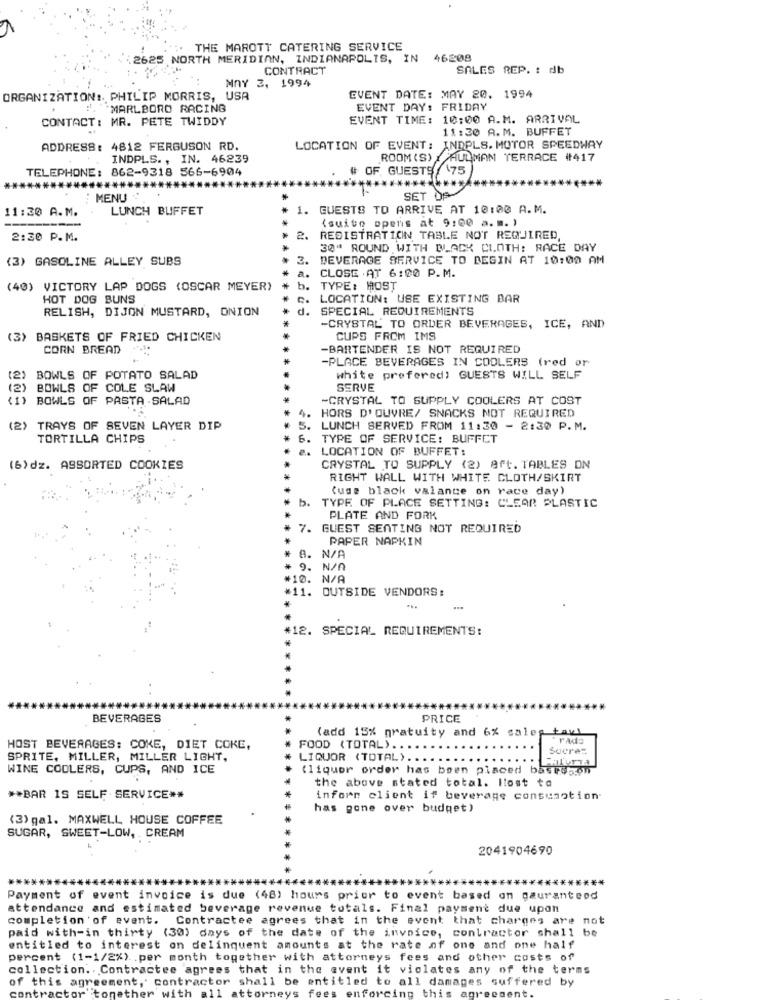
THE MAROTT CATERING SERVICE
2625 NORTH MERIDIAN, INDIANAPOLIS, IN 46208
CONTRACT
SALES REP. : db
MAY 2, 1994
ORGANIZATION :. PHILIP MORRIS, USA
EVENT DATE: MAY 20. 1994
!. MARLBORO RACING
EVENT DAY: FRIDAY
CONTACT: MR. PETE TWIDDY
EVENT TIME: 10:00 A.M. ARRIVAL
11:20 A.M. BUFFET
ADDRESS: 4812 FERGUSON RD.
LOCATION OF EVENT: INDPLS. MOTOR SPEEDWAY
INDPLS ., IN. 46239
ROOM (S) _ HULMAN TERRACE #417
TELEPHONE: 862-9318 566-6904
OF GUESTS\75
******
MENU
SET OF
11:30 A.M.
LUNCH BUFFET
1. GUESTS TO ARRIVE AT 10:00 A.M.
(suite opens at 9:00 a.m. )
2:30 P.M.
2.
REGISTRATION TABLE NOT REQUIRED,
30" ROUND WITH BLACK CLOTH: RACE DAY
(3) GASOLINE ALLEY SUBS
3.
BEVERAGE SERVICE TO BEGIN AT 10:00 AM
CLOSE . AT 6:00 P.M.
(40) VICTORY LAP DOGS (OSCAR MEYER)
TYPE: MOST
HOT DOG BUNS
LOCATION: USE EXISTING BAR
RELISH, DIJON MUSTARD, ONION
SPECIAL REQUIREMENTS
-CRYSTAL TO ORDER BEVERAGES, ICE, AND
(3) BASKETS OF FRIED CHICKEN
CUPS FROM IMS
CORN BREAD
-BARTENDER IS NOT REQUIRED
-PLACE BEVERAGES IN COOLERS (red or
(2)
BOWLS OF POTATO SALAD
white prefered) GUESTS WILL SELF
(2) BOWLS OF COLE SLAW
SERVE
(1) BOWLS OF PASTA SALAD
-CRYSTAL TO SUPPLY COOLERS AT COST
. HORS D'OUVRE/ SNACKS NOT REQUIRED
(2)
TRAYS OF SEVEN LAYER DIP
3. LUNCH SERVED FROM 11:30 - 2:30 P.M.
TORTILLA CHIPS
6. TYPE OF SERVICE: BUFFET
e. LOCATION OF BUFFET:
(6)dz. ASSORTED COOKIES
CRYSTAL TO SUPPLY (2) Art. TABLES ON
RIGHT WALL WITH WHITE CLOTH/SKIRT
(uss black valance on race day)
b. TYPE OF PLACE SETTING: CLEAR PLASTIC
PLATE AND FORK
7. GUEST SEATING NOT REQUIRED
PAPER NAPKIN
A. N/A
9. N/A
+10. N/A
*11. OUTSIDE VENDORS:
#12. SPECIAL REQUIREMENTS:
BEVERAGES
PRICE
(add 15% gratuity and 6% sales tax!
rads
HOST BEVERAGES: COKE, DIET COKE,
FOOD (TOTAL) ..
Sucrez
SPRITE, MILLER, MILLER LIGHT,
LIQUOR (TOTAL) ...
WINE COOLERS, CUPS, AND ICE
(liquor order has been placed bastos.on
the above stated total. Itost to
** BAR IS SELF SERVICE **
inform client if beverage consumotion.
has gone over budget)
(3) gal. MAXWELL HOUSE COFFEE
SUGAR, SWEET-LOW, . CREAM
2041904690
****
Payment of event invoice is due (48) hours prior to event based on gauranteod
attendance and estimated beverage revenue totals. Final payment due upon
completion of event. Contractee agrees that in the event that charges are not
paid with-in thirty (30) days of the date of the invoice, contractor shall be
entitled to interest on delinquent amounts at the rate of one and one half
percent (1-1/2%). . per month together with attorneys fees and other costs of
collection. . Contractee agrees that in the event it violates any of the terms
of this agreement, contractor shall be entitled to all damages suffered by
ith
ttorneys fees enforcing this agr
sent